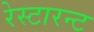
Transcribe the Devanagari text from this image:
रेस्टारन्ट